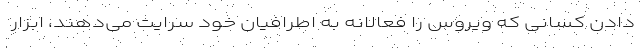
دادن کسانی که ویروس را فعالانه به اطرافیان خود سرایت می‌دهند، ابزار